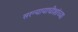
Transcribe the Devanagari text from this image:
सरन्यायाधीशांच्या